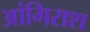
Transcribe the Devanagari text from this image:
आंगिराश